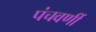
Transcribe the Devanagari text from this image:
पंचवर्णी